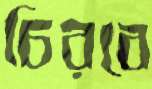
চিরবে